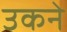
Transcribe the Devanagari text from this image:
उकने